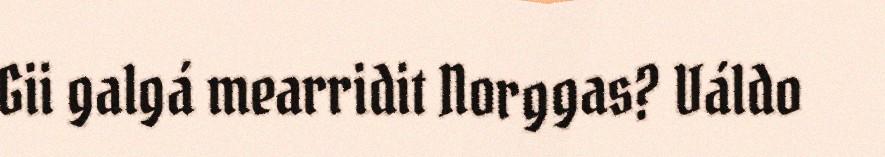
Gii galgá mearridit Norggas? Váldo